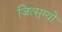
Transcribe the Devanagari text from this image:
जित्सुग्यो